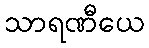
သာရဏီယေ